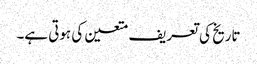
تاریخ کی تعریف متعین کی ہوتی ہے۔